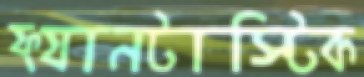
ফ্যানটাস্টিক